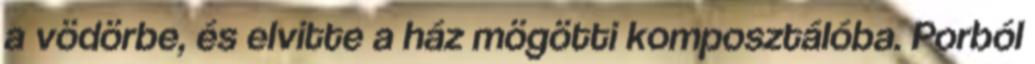
a vödörbe, és elvitte a ház mögötti komposztálóba. Porból